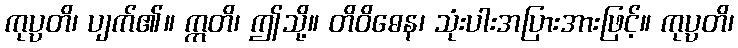
ကုပ္ပတိ၊ ပျက်၏။ ဣတိ၊ ဤသို့။ တိဝိဓေန၊ သုံးပါးအပြားအားဖြင့်။ ကုပ္ပတိ၊